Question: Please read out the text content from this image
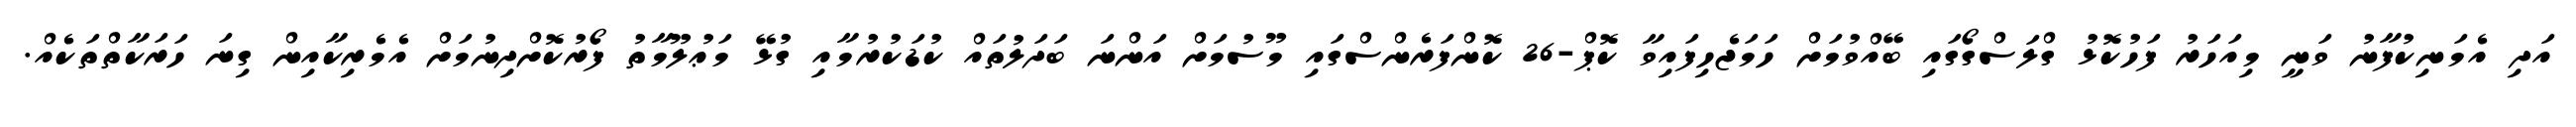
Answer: އަދި އެމަނިކުފާނު ވަނީ މިއަހަރު ފަހުކޮޅު ގްލަސްގޯގައި ބޭއްވުމަށް ހަމަޖެހިފައިވާ ކޮޕް-26 ކޮންފަރެންސްގައި މޫސުމަށް އަންނަ ބަދަލުތައް ކުޑަކުރުމާއި ގުޅޭ މަޢުލޫމާތު ފޯރުކޮށްދިނުމަށް އެމެރިކާއިން ގިނަ ހަރަކާތްތަކެއް.